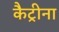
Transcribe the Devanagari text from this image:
कैट्रीना